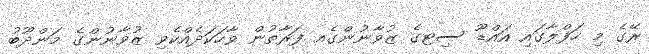
ރޭގެ މި ހަފްލާގައި އައްޑޫ ސިޓގެ ޒުވާނުންގެއ ފަރާތުން ވާހަކަދެއްކެވި ޒުވާނުންގެ މަންދޫބު